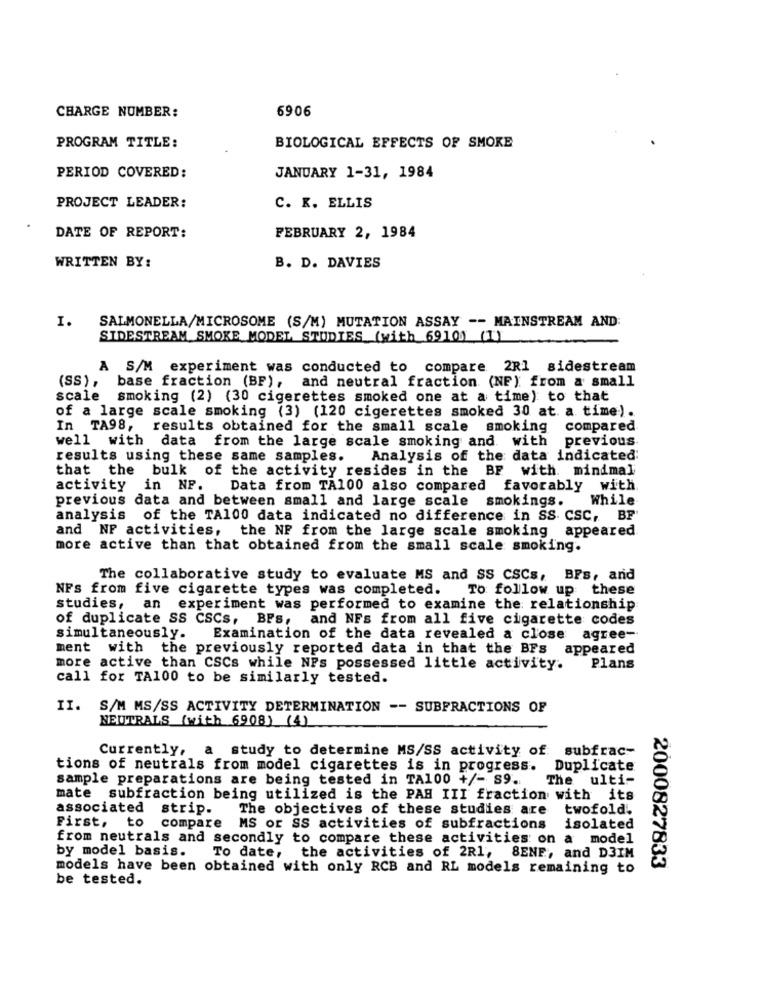
6906
CHARGE NUMBER:
PROGRAM TITLE:
BIOLOGICAL EFFECTS OF SMOKE
PERIOD COVERED:
JANUARY 1-31, 1984
PROJECT LEADER:
C. K. ELLIS
DATE OF REPORT:
FEBRUARY 2, 1984
WRITTEN BY:
B. D. DAVIES
I.
SALMONELLA/MICROSOME (S/M) MUTATION ASSAY -- MAINSTREAM AND
SIDESTREAM SMOKE MODEL STUDIES (with 6910) (1)
A S/M experiment was conducted to compare 2R1 sidestream
(SS ) ,
base fraction (BF), and neutral fraction (NF): from a small
scale smoking (2) (30 cigerettes smoked one at a time) to that
of a large scale smoking (3) (120 cigerettes smoked 30 at a time).
In TA98,
results obtained for the small scale smoking
compared
well with data from the large scale smoking and with previous
results using these same samples. Analysis of the data indicated;
that the bulk of the activity resides in the BF with. minimal
activity
in NP.
Data from TA100 also compared favorably with
previous data and between small and large scale smokings.
While
analysis
of the TA100 data indicated no difference in SS. CSC, BF
and NP activities, the NF from the large scale smoking appeared
more active than that obtained from the small scale smoking.
The collaborative study to evaluate MS and SS CSCs, BFs, and
NFS from five cigarette types was completed.
To follow up these
studies, an experiment was performed to examine the relationship
of duplicate SS CSCs, BFs, and NFs from all five cigarette codes
simultaneously.
Examination of the data revealed a close agree-
ment with the previously reported data in that the BFs
appeared
more active than CSCs while NPs possessed little activity.
Plans
call for TA100 to be similarly tested.
II.
S/M MS/SS ACTIVITY DETERMINATION -- SUBFRACTIONS OF
NEUTRALS (with 6908) (4)
Currently, a study to determine MS/SS activity of subfrac-
tions of neutrals from model cigarettes is in progress. Duplicate
sample preparations are being tested in TA100 +/- S9 ..
The ulti-
mate subfraction being utilized is the PAR III fraction with its
associated
strip.
The objectives of these studies are
twofold.
First, to
compare
MS or SS activities of subfractions
isolated
from neutrals and secondly to compare these activities on a model
by model basis.
To date, the activities of 2R1, 8ENF, and D3IM
models have been obtained with only RCB and RL models remaining to
2000827833
be tested.